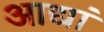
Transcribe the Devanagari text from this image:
आद्यां